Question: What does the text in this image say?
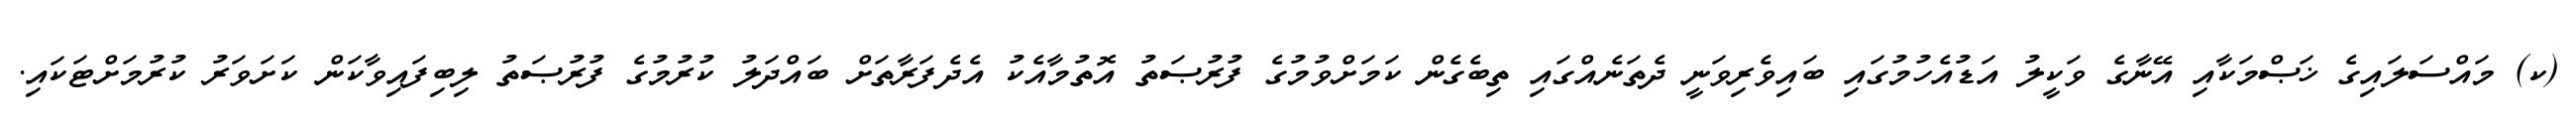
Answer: (ކ) މައްސަލައިގެ ޚަޞްމަކާއި އޭނާގެ ވަކީލު އަޑުއެހުމުގައި ބައިވެރިވަނީ ދެތަނެއްގައި ތިބެގެން ކަމަށްވުމުގެ ފުރުޞަތު އޮތުމާއެކު އެދެފަރާތަށް ބައްދަލު ކުރުމުގެ ފުރުޞަތު ލިބިފައިވާކަން ކަށަވަރު ކުރުމަށްޓަކައި.